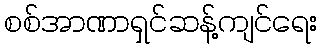
စစ်အာဏာရှင်ဆန့်ကျင်ရေး